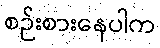
စဉ်းစားနေပါက